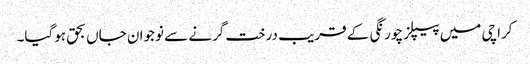
کراچی میں پیپلز چورنگی کے قریب درخت گرنے سے نوجوان جاں بحق ہوگیا۔